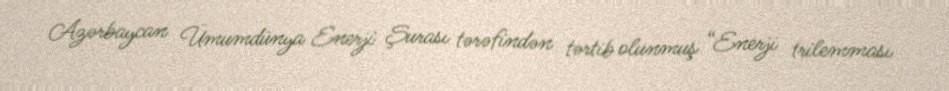
Azərbaycan Ümumdünya Enerji Şurası tərəfindən tərtib olunmuş “Enerji trilemması